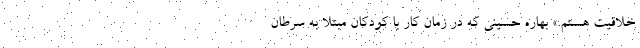
خلاقیت هستم.» بهاره حسینی که در زمان کار با کودکان مبتلا به سرطان